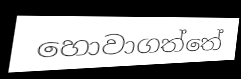
හොවාගත්තේ